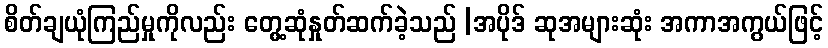
စိတ်ချယုံကြည်မှုကိုလည်း တွေ့ဆုံနှုတ်ဆက်ခဲ့သည် |အပိုဒ် ဆုအများဆုံး အကာအကွယ်ဖြင့်